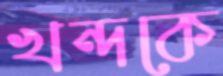
খন্দকে